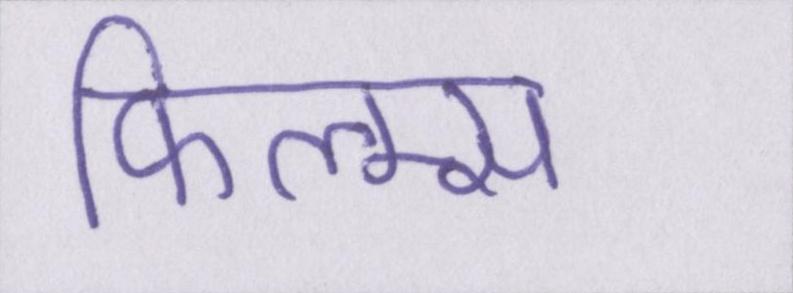
फिल्म्स